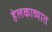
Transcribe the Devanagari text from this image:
हेलकाव्यात